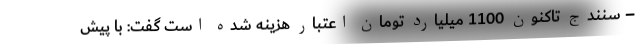
– سنندج تاکنون 1100 میلیارد تومان اعتبار هزینه شده است گفت: با پیش